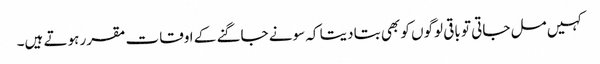
کہیں مل جاتی تو باقی لوگوں کو بھی بتا دیتا کہ سونے جاگنے کے اوقات مقرر ہوتے ہیں۔